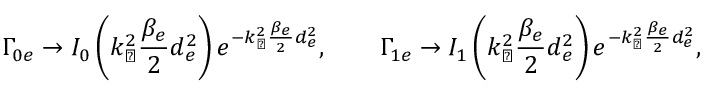
\Gamma _ { 0 e } \rightarrow I _ { 0 } \left( k _ { \perp } ^ { 2 } \frac { \beta _ { e } } { 2 } d _ { e } ^ { 2 } \right) e ^ { - k _ { \perp } ^ { 2 } \frac { \beta _ { e } } { 2 } d _ { e } ^ { 2 } } , \qquad \Gamma _ { 1 e } \rightarrow I _ { 1 } \left( k _ { \perp } ^ { 2 } \frac { \beta _ { e } } { 2 } d _ { e } ^ { 2 } \right) e ^ { - k _ { \perp } ^ { 2 } \frac { \beta _ { e } } { 2 } d _ { e } ^ { 2 } } ,